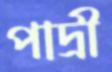
পাদ্রী